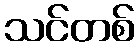
သင်တစ်